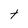
Character: t